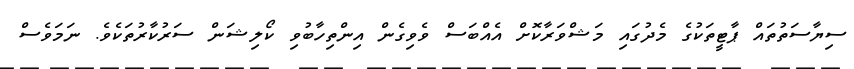
ސިޔާސަތުތައް ޕާޓީތަކުގެ މެދުގައި މަޝްވަރާކޮށް އެއްބަސް ވެވިގެން އިންތިހާބުވި ކޯލިޝަން ސަރުކާރުތަކެވެ. ނަމަވެސް